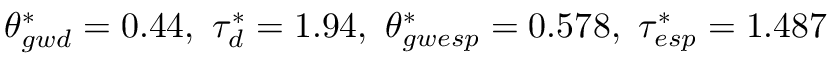
\theta _ { g w d } ^ { * } = 0 . 4 4 , \ \tau _ { d } ^ { * } = 1 . 9 4 , \ \theta _ { g w e s p } ^ { * } = 0 . 5 7 8 , \ \tau _ { e s p } ^ { * } = 1 . 4 8 7